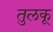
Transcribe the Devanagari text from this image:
तुलकू